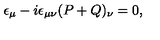
\epsilon _ { \mu } - i \epsilon _ { \mu \nu } ( P + Q ) _ { \nu } = 0 ,